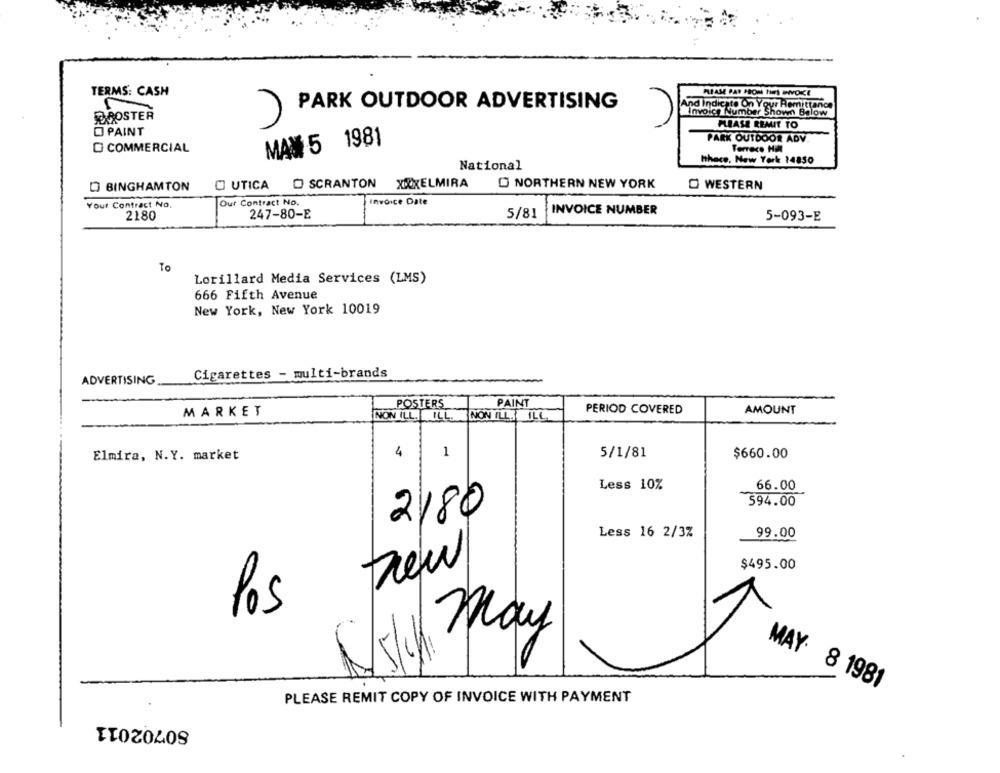
U
TERMS: CASH
PLEASE PAY PROM THIS INVOICE
1
PARK OUTDOOR ADVERTISING
And Indicate On Your Remittance
BOOSTER
Invoice Number Shown Below
PLEASE REMIT TO
D PAINT
PARK OUTDOOR ADV
MAM 5 1981
COMMERCIAL
Terrace Hill
Hhace, New York 14850
National
SCRANTON XRIXELMIRA
O NORTHERN NEW YORK
O WESTERN
D BINGHAMTON
C UTICA
Our Contract No.
Invoice Date
Your Contract No.
INVOICE NUMBER
2180
247-80-E
5/81
5-093-E
To
Lorillard Media Services (LMS)
666 Fifth Avenue
New York, New York 10019
ADVERTISING
Cigarettes - multi-brands
POSTERS
PAINT
PERIOD COVERED
AMOUNT
MARKET
NON ILL.ILL.
NON ILL. ILL.
Elmira, N.Y. market
4
1
5/1/81
$660.00
-
Less 10%
66.00
594.00
2180
99.00
Less 16 2/3%
$495.00
los
Skich May
MAY 8 1981
PLEASE REMIT COPY OF INVOICE WITH PAYMENT
80702011